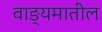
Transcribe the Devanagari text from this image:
वाङ्यमातील